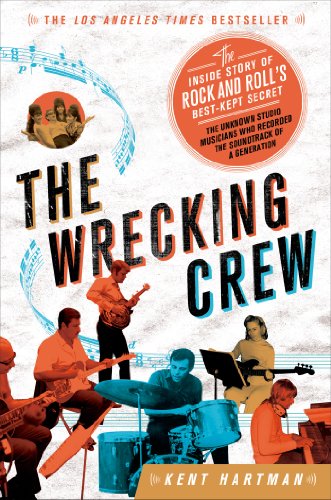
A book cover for The Wrecking Crew: The Inside Story of Rock and Roll's Best-Kept Secret; Kent Hartman; Arts & Photography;